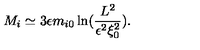
M _ { i } \simeq 3 \epsilon m _ { i 0 } \ln ( \frac { L ^ { 2 } } { \epsilon ^ { 2 } \xi _ { 0 } ^ { 2 } } ) .